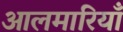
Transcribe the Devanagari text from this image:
आलमारियाँ